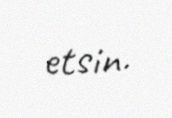
etsin.